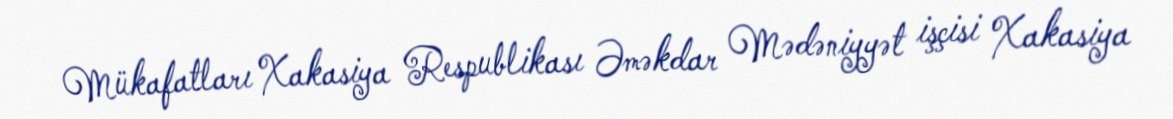
Mükafatları Xakasiya Respublikası Əməkdar Mədəniyyət işçisi Xakasiya